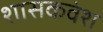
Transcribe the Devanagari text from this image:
शासकवंश